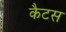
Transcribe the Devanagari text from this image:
कैटस